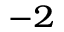
^ { - 2 }